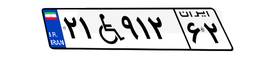
۲۱W۹۱۲۶۲